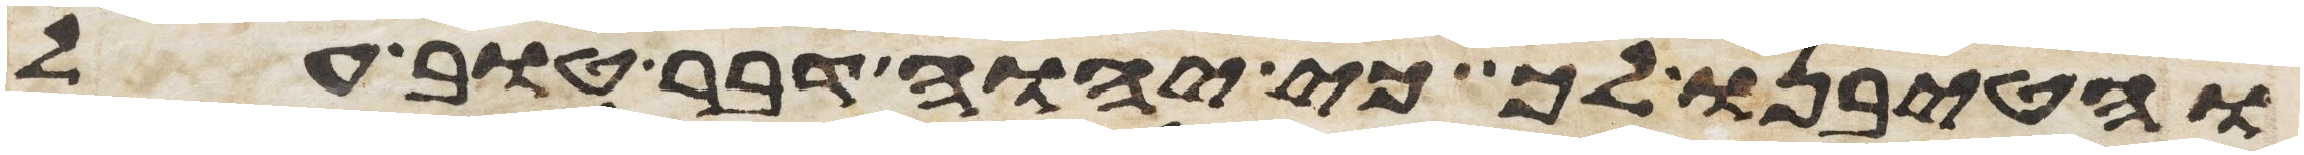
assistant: והטיבנו לך כי יהוה דבר טוב על